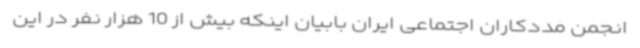
انجمن مددکاران اجتماعی ایران بابیان اینکه بیش از 10 هزار نفر در این